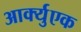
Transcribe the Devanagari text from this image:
आर्क्युएक